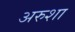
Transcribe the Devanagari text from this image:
अरुशा